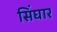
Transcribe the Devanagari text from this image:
सिंघार